Eesti_Vabariigi_Tartu_Ulikool, lk 232
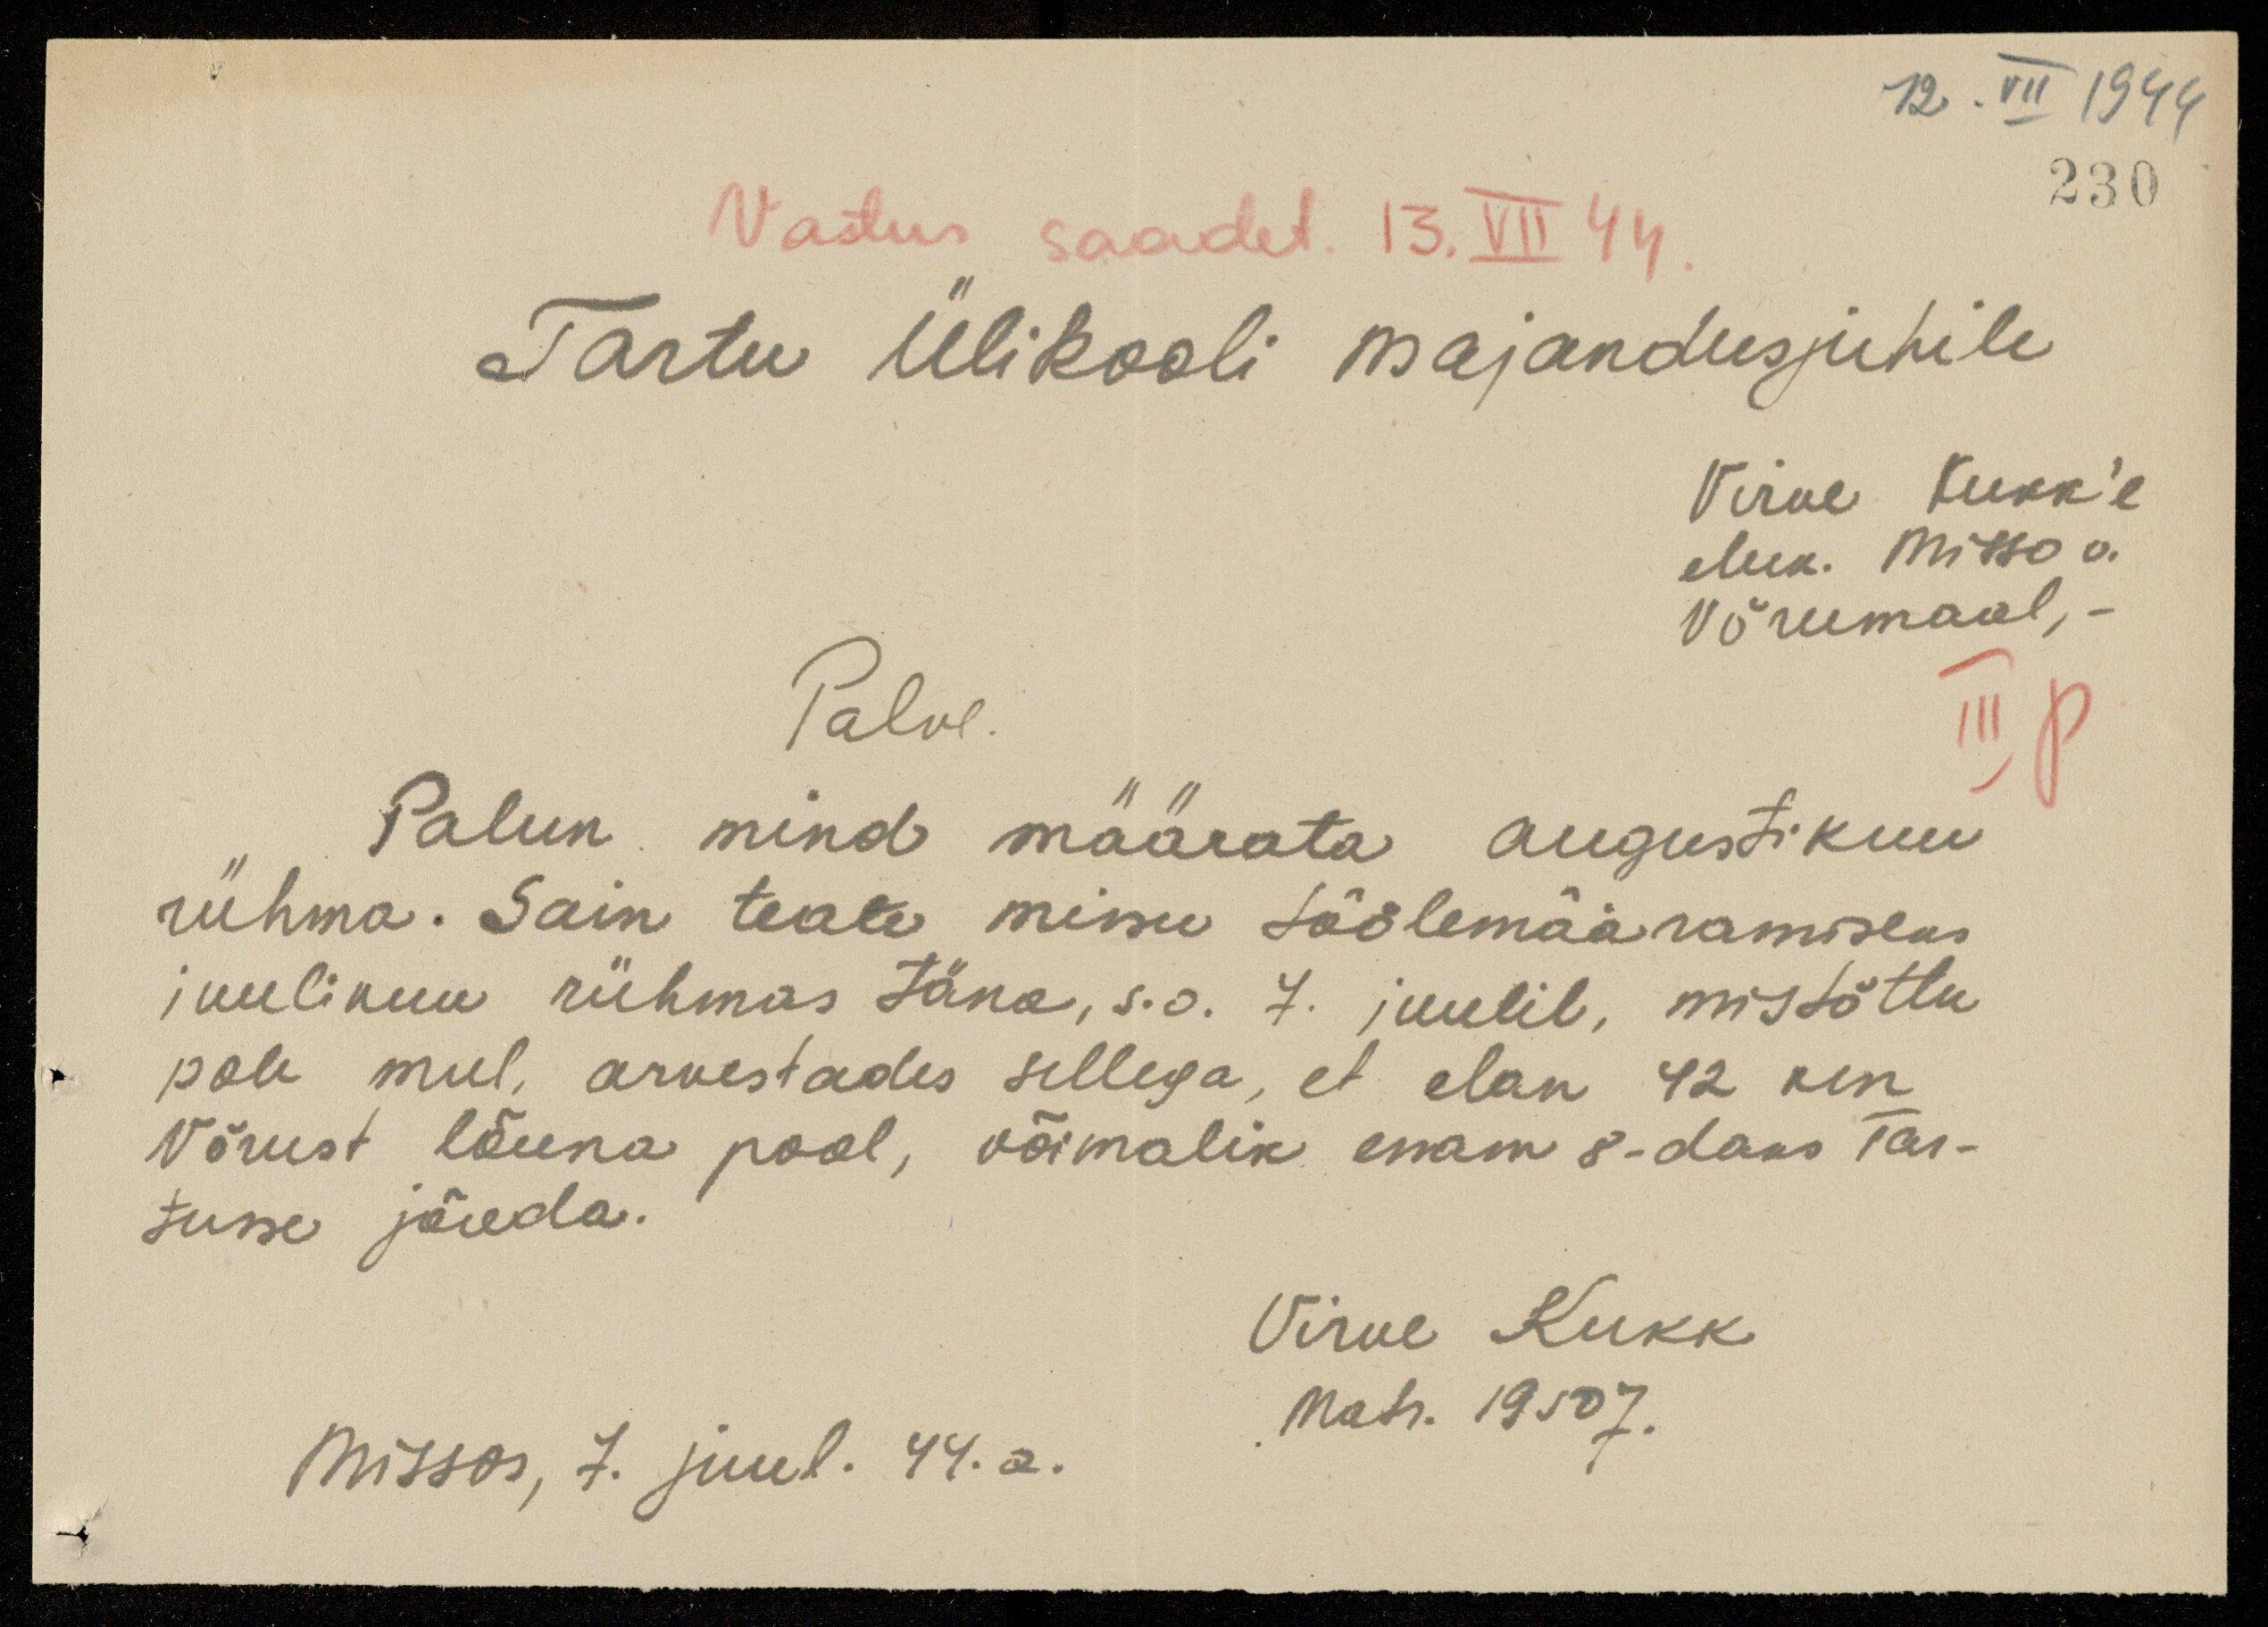
12. VII 1944
230
Vastus saadet. 13.VII 44
Tartu Ülikooli majandusjuhile
Virve Kukk'e
Mek. Misso v.
Võrumaal
Palve
IIIp
Palun mind määrata augustikuu
rühma. Sain teate minu töölemääramiseks
juulikuu rühmas täna, s.o. 7. juulil, mistõttu
pole mul, arvestades sellega, et elan 42 km
Võrust lõuna pool, võimalik enam 8-daks Tar-
tusse jõuda.
Virve Kukk
Missos, 7. juul. 44.a.
Matr. 19507.